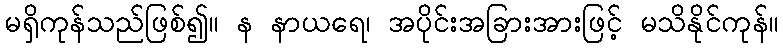
မရှိကုန်သည်ဖြစ်၍။ န နာယရေ၊ အပိုင်းအခြားအားဖြင့် မသိနိုင်ကုန်။